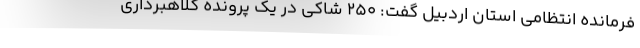
فرمانده انتظامی استان اردبیل گفت: ۲۵۰ شاکی در یک پرونده کلاهبرداری